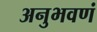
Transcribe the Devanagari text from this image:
अनुभवणं